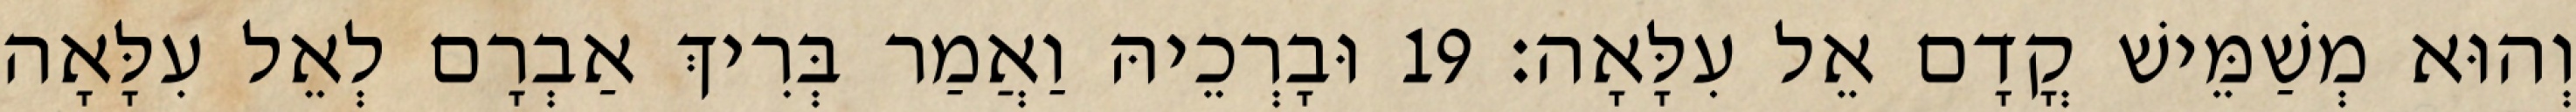
וְהוּא מְשַׁמֵּישׁ קֳדָם אֵל עִלָּאָה׃ 19 וּבָרְכֵיהּ וַאֲמַר בְּרִיךְ אַבְרָם לְאֵל עִלָּאָה